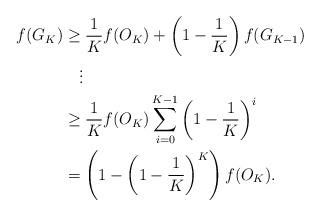
\begin{align*}f(G_K)&\geq \frac{1}{K}f(O_K)+\left(1-\frac{1}{K}\right)f(G_{K-1})\\&\quad\vdots \\&\geq \frac{1}{K}f(O_K)\sum\limits_{i=0}^{K-1}\left(1-\frac{1}{K}\right)^i\\&=\left(1-\left(1-\frac{1}{K}\right)^K\right)f(O_K).\end{align*}